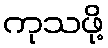
ကုသဖို့